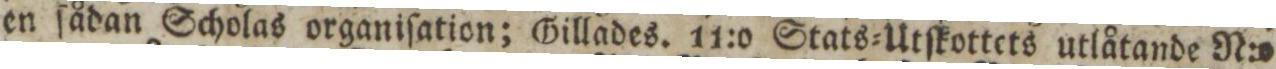
en ſådan Scholas organiſation; Gillades. 11:o Stats=Utſkottets utlåtande N:o